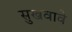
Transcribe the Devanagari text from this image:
सुखवावे